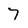
Character: 7